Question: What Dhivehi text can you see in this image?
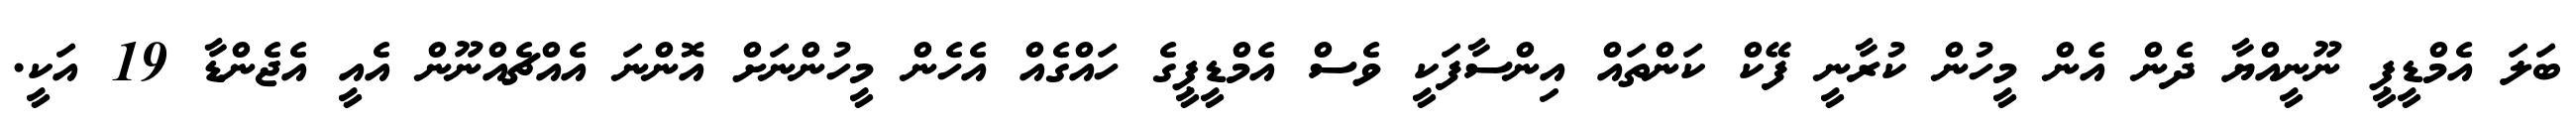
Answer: ބަލަ އެމްޑީޕީ ނޫނީއްޔާ ދެން އެން މީހުން ކުރާނީ ފޭކް ކަންތައް އިންސާފަކީ ވެސް އެމްޑީޕީގެ ހައްގެއް އެހެން މީހުންނަށް އޮންނަ އެއްޗެއްނޫން އެއީ އެޖެންޑާ 19 އަކީ.